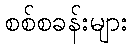
စစ်စခန်းများ